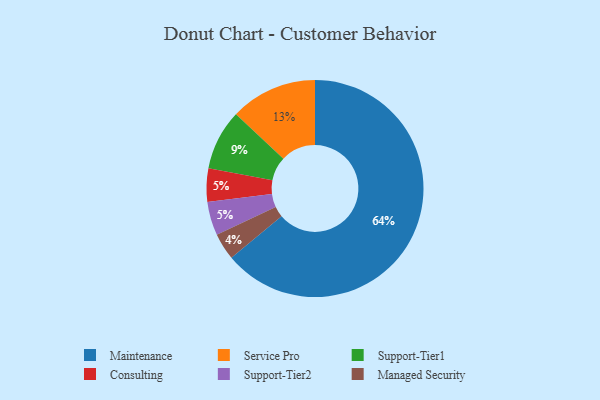
{"axis": {"x": "Category", "y": "Percentage"}, "legend": ["Consulting", "Maintenance", "Managed Security", "Service Pro", "Support-Tier1", "Support-Tier2"], "data": [{"x": "Consulting", "y": 5, "type": "Consulting"}, {"x": "Maintenance", "y": 64, "type": "Maintenance"}, {"x": "Support-Tier1", "y": 9, "type": "Support-Tier1"}, {"x": "Managed Security", "y": 4, "type": "Managed Security"}, {"x": "Support-Tier2", "y": 5, "type": "Support-Tier2"}, {"x": "Service Pro", "y": 13, "type": "Service Pro"}]}